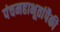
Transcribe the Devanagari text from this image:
पंचमहाभूतांपैकी